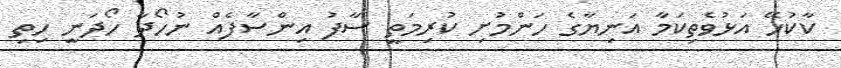
ކާކުހޭ އަޅުވެތިކަމާ އަނިޔާގެ ހަންމުށި ކުރިމަތީ ސާފު އިންސާފެއް ނުހޯދާ ހޯދަނީ ހިތި